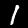
Label: 1